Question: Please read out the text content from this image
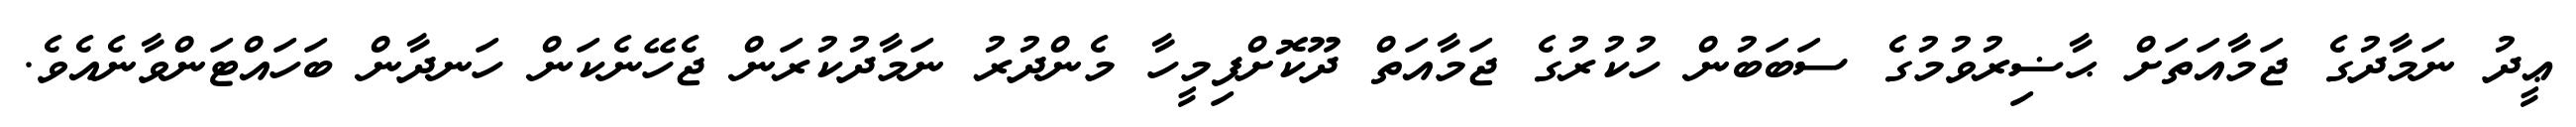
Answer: ޢީދު ނަމާދުގެ ޖަމާއަތަށް ޙާޟިރުވުމުގެ ސަބަބުން ހުކުރުގެ ޖަމާއަތް ދޫކޮށްފިމީހާ މެންދުރު ނަމާދުކުރަން ޖެހޭނެކަން ހަނދާން ބަހައްޓަންވާނެއެވެ.